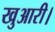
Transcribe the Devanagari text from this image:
खुआरी।